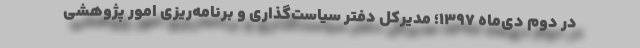
در دوم دی‌ماه ۱۳۹۷؛ مدیرکل دفتر سیاست‌گذاری و برنامه‌ریزی امور پژوهشی